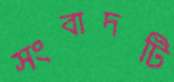
সংবাদটি